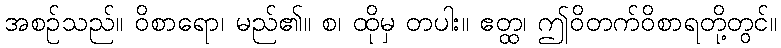
အစဉ်သည်။ ဝိစာရော၊ မည်၏။ စ၊ ထိုမှ တပါး။ ဧတ္ထ၊ ဤဝိတက်ဝိစာရတို့တွင်။